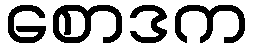
စောဒက